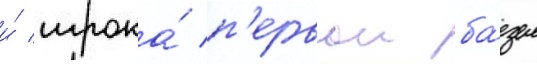
и́ игрока́ п'ервои ба́зы